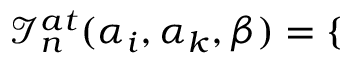
\mathcal { I } _ { n } ^ { a t } ( \alpha _ { i } , \alpha _ { k } , \beta ) = \left\lbrace \begin{array} { r l } \end{array} \right.